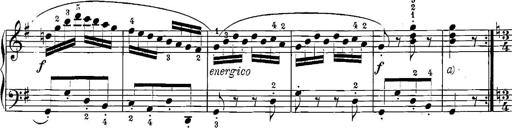
Title: 12 Sonatinas
Composer: Ignaz Pleyel